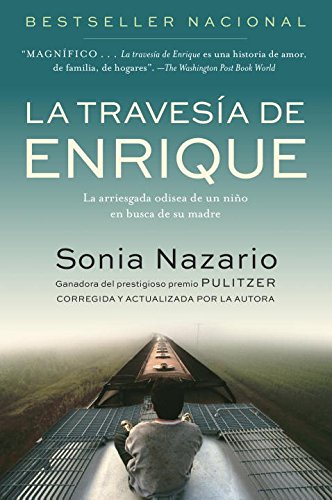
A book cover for La Travesia de Enrique: La arriesgada odisea de un niÃ±o en busca de su madre (Spanish Edition); Sonia Nazario; History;